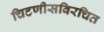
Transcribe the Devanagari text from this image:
चिटणीसविरचित